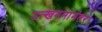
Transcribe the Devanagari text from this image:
उत्खननांनंतर